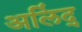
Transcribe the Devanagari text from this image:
अलिंद्